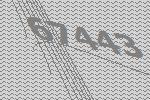
67443